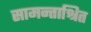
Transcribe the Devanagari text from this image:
सामन्ताश्रित